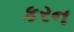
કરન